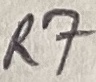
Text: R7